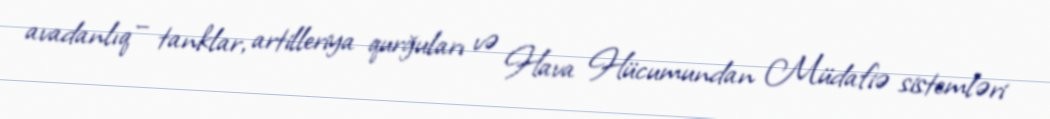
avadanlıq – tanklar, artilleriya qurğuları və Hava Hücumundan Müdafiə sistemləri